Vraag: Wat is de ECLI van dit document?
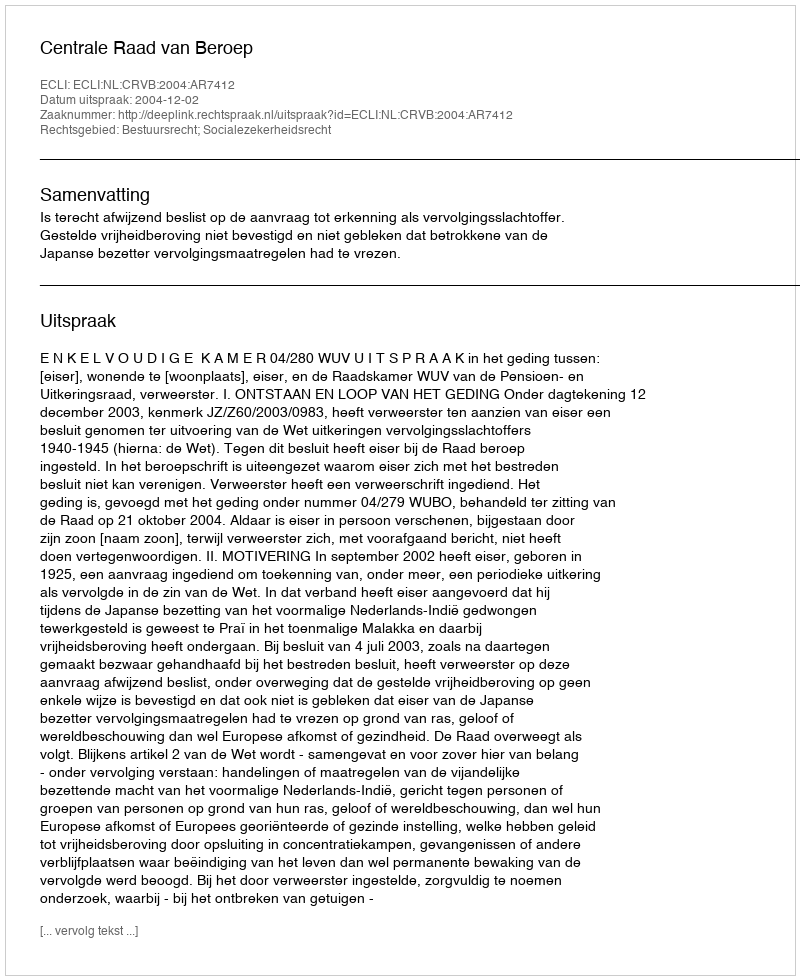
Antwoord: ECLI:NL:CRVB:2004:AR7412